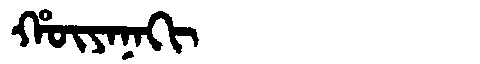
Manchu: ᡥᡡᠶᠠᠨᠠᡴᡳ
Romanization: HŪYANAKI